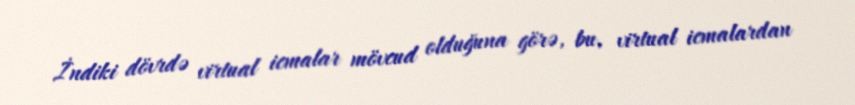
İndiki dövrdə virtual icmalar mövcud olduğuna görə, bu, virtual icmalardan